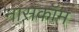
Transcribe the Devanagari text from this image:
नासकॉम